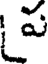
ప